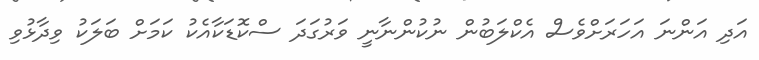
އަދި އަންނަ އަހަރަށްވެސް އެކްލަބުން ނުކުންނާނީ ވަރުގަދަ ސްކޮޑަކާއެކު ކަމަށް ބަލަކު ވިދާޅުވި